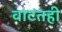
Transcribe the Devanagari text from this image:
वाटतही